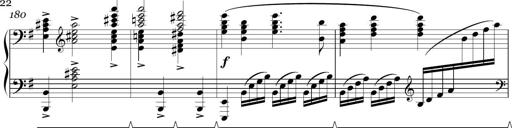
Title: Sonatina in E minor
Composer: Shuwen Zhang
Key: E minor